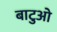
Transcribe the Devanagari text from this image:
बाटुओ